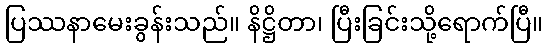
ပြဿနာမေးခွန်းသည်။ နိဋ္ဌိတာ၊ ပြီးခြင်းသို့ရောက်ပြီ။